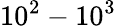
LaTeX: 10^{2}-10^{3}